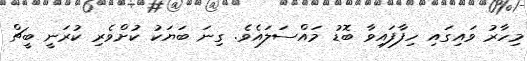
މިހާރު ވައިގައި ހިފާފައިވާ ބޮޑު މައްސަލައެވެ. ގިނަ ބަޔަކު ކުށްވެރި ކުރަނީ ބީޗް